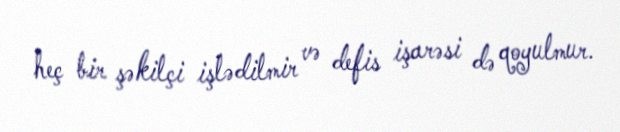
heç bir şəkilçi işlədilmir və defis işarəsi də qoyulmur.